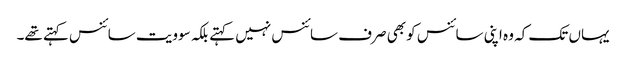
یہاں تک کہ وہ اپنی سائنس کو بھی صرف سائنس نہیں کہتے بلکہ سوویت سائنس کہتے تھے۔